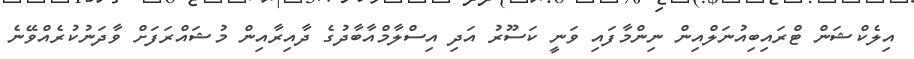
އިލެކްޝަން ޓްރައިބިއުނަލްއިން ނިންމާފައި ވަނީ ކަސޫރު އަދި އިސްލާމްއާބާދުގެ ދާއިރާއިން މުޝައްރަފަށް ވާދަނުކުރެއްވޭނެ